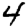
Digit: 4